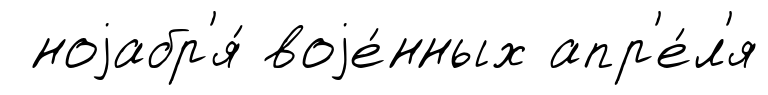
ноjабр'я́ воjе́нных апр'е́л'я